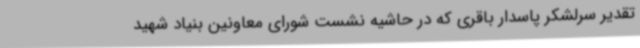
تقدیر سرلشکر پاسدار باقری که در حاشیه نشست شورای معاونین بنیاد شهید